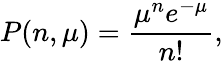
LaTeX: P(n,\mu)=\frac{\mu^{n}e^{-\mu}}{n!},